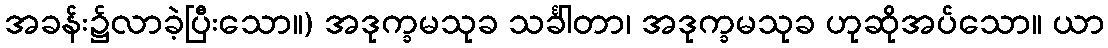
အခန်း၌လာခဲ့ပြီးသော။) အဒုက္ခမသုခ သင်္ခါတာ၊ အဒုက္ခမသုခ ဟုဆိုအပ်သော။ ယာ